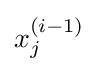
x_{j}^{(i-1)}